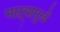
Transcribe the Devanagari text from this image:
माऱ्यामुळे